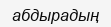
абдырадың